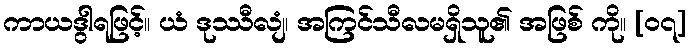
ကာယဒွါရဖြင့်။ ယံ ဒုဿီလျံ၊ အကြင်သီလမရှိသူ၏ အဖြစ် ကို။ [၀၇]